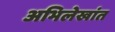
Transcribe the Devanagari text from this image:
अभिलेखांत